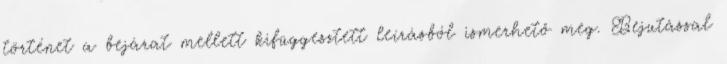
történet a bejárat mellett kifüggesztett leírásból ismerhető meg. Bejutással